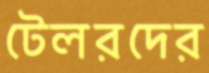
টেলরদের